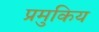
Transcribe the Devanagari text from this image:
प्रमुकिय